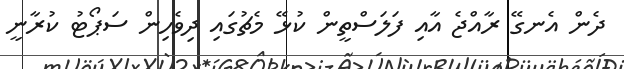
ދެން އެނގޭ ރާއްޖެ އާއި ފަލަސްތީން ކުޅޭ މެޗުގައި ދިވެހިން ސަޕޯޓު ކުރާނީ